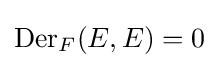
\operatorname {Der} _{F}(E,E)=0